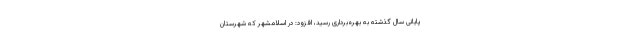
پایانی سال گذشته به بهره‌برداری رسید، افزود: در اسلامشهر که شهرستان